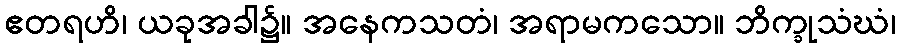
ဧတရဟိ၊ ယခုအခါ၌။ အနေကသတံ၊ အရာမကသော။ ဘိက္ခုသံဃံ၊